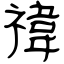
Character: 禕